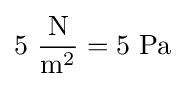
5\ \mathrm {\frac {N}{m^{2}}} =5\ \mathrm {Pa}